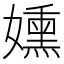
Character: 𫲊